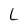
Character: L